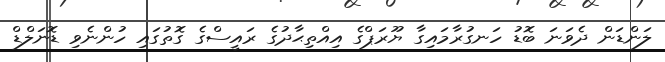
ލަންޑަން ދެވަނަ ބޮޑު ހަނގުރާމައިގާ ޔޫރަޕްގެ އިއްތިޙާދުގެ ރައީސްގެ ގޮތުގައި ހުންނެވި ޑޮނަލްޑް